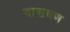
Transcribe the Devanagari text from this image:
दासवण